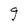
Character: g